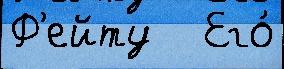
Ф'ейту   Его́